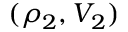
( \rho _ { 2 } , V _ { 2 } )